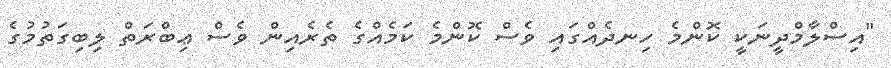
"އިސްލާމްދީނަކީ ކޮންމެ ހިނދެއްގައި ވެސް ކޮންމެ ކަމެއްގެ ތެރެއިން ވެސް ޢިބްރަތް ލިބިގަތުމުގެ